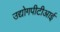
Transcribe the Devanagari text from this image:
उद्योगपीटीआई